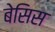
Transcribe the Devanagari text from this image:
बेसिस